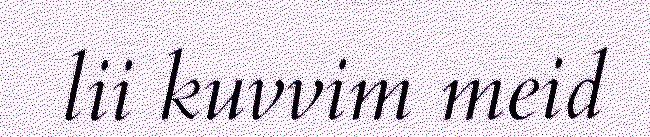
lii kuvvim meid